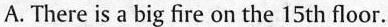
A.There is a big fire on the 15 th floor.